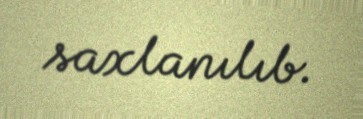
saxlanılıb.